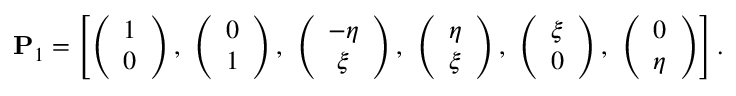
\mathbf { P } _ { 1 } = \left[ \left( \begin{array} { c } { 1 } \\ { 0 } \end{array} \right) , \ \left( \begin{array} { c } { 0 } \\ { 1 } \end{array} \right) , \ \left( \begin{array} { c } { - \eta } \\ { \xi } \end{array} \right) , \ \left( \begin{array} { c } { \eta } \\ { \xi } \end{array} \right) , \ \left( \begin{array} { c } { \xi } \\ { 0 } \end{array} \right) , \ \left( \begin{array} { c } { 0 } \\ { \eta } \end{array} \right) \right] .